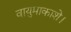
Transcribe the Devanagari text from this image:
वायुमाकाशे।